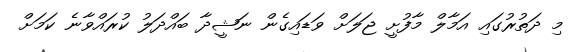
މި ދަތުރުގައި އަމާލް މާފުށީ ޖަލަށް ވަޑައިގެން ނަޝީދާ ބައްދަލު ކުރައްވާނެ ކަމަށް